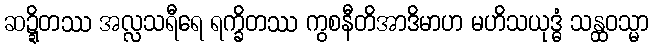
ဆဍ္ဍိတဿ အလ္လသရီရေ ရက္ခိတဿ ကွစနီတိအာဒိမာဟ မဟိသယုဒ္ဓံ သန္ထဝသ္မာ